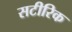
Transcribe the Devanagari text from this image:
सटीरिक